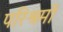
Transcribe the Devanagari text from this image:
परिश्रमों